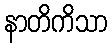
နာတိကိသာ